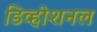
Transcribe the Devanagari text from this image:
डिव्होशनल